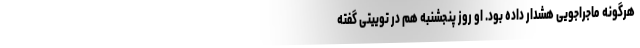
هرگونه ماجراجویی هشدار داده بود. او روز پنجشنبه هم در توییتی گفته